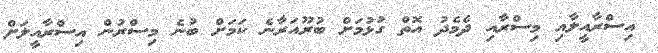
އިސްރާއީލާއި މިސްރާއި ދެމެދު އޮތް ގުޅުމަށް ބުރޫއަރާނެ ކަމަށް ބުނެ މިސްރުން އިސްރާއީލަށް